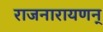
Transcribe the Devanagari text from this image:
राजनारायणन्